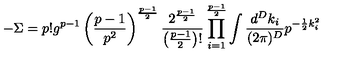
- \Sigma = p ! g ^ { p - 1 } \left( \frac { p - 1 } { p ^ { 2 } } \right) ^ { \frac { p - 1 } { 2 } } \frac { 2 ^ { \frac { p - 1 } { 2 } } } { \left( \frac { p - 1 } { 2 } \right) ! } \prod _ { i = 1 } ^ { \frac { p - 1 } { 2 } } \int \frac { d ^ { D } k _ { i } } { ( 2 \pi ) ^ { D } } p ^ { - \frac { 1 } { 2 } k _ { i } ^ { 2 } }